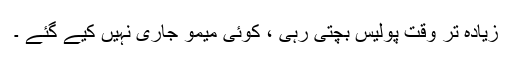
زیادہ تر وقت پولیس بچتی رہی ، کوئی میمو جاری نہیں کیے گئے ۔